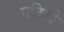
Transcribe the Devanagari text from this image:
गतिकी